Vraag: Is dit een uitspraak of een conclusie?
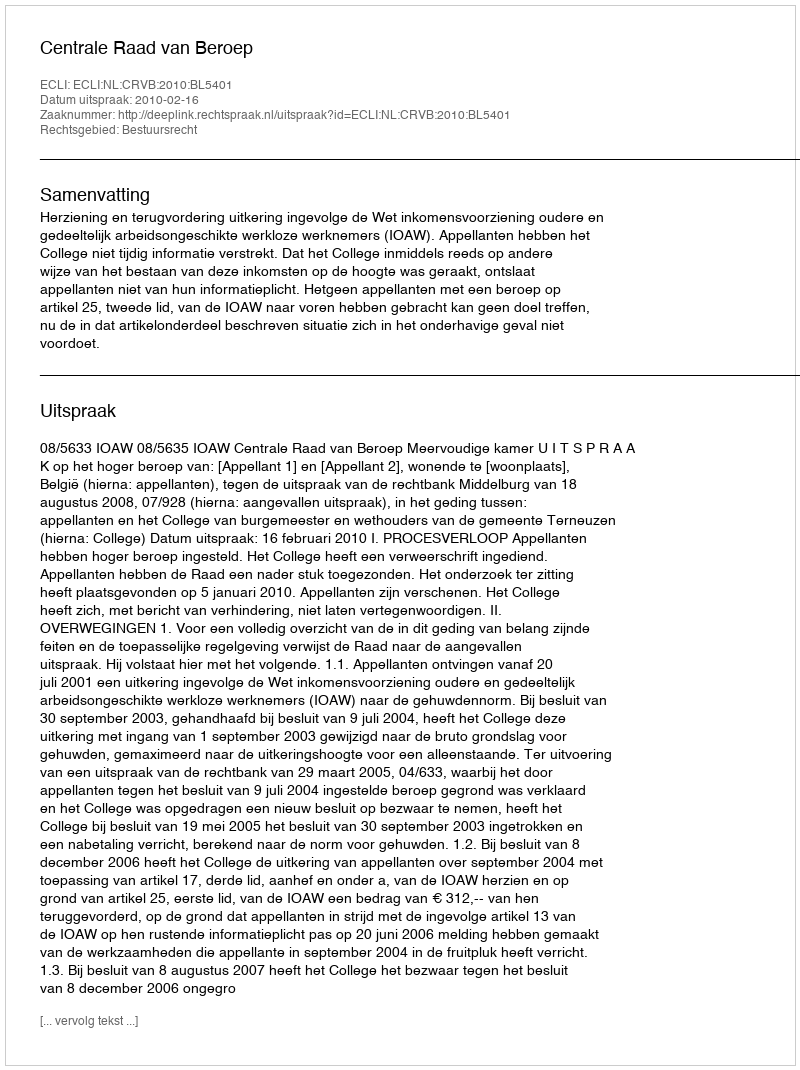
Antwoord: Uitspraak